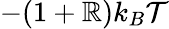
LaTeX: -(1+\mathbb{R})k_{B}\mathcal{{T}}